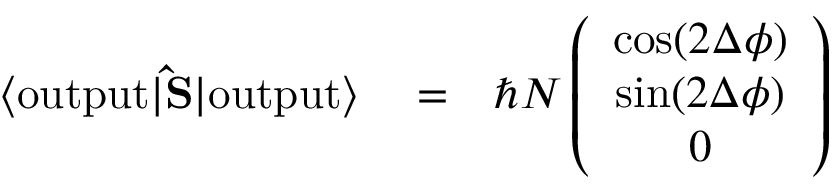
\begin{array} { r l r } { \langle \mathrm { o u t p u t } | { \bf \hat { S } } | \mathrm { o u t p u t } \rangle } & { { } = } & { \hbar N \left( \begin{array} { c } { \cos ( 2 \Delta \phi ) } \\ { \sin ( 2 \Delta \phi ) } \\ { 0 } \end{array} \right) } \end{array}